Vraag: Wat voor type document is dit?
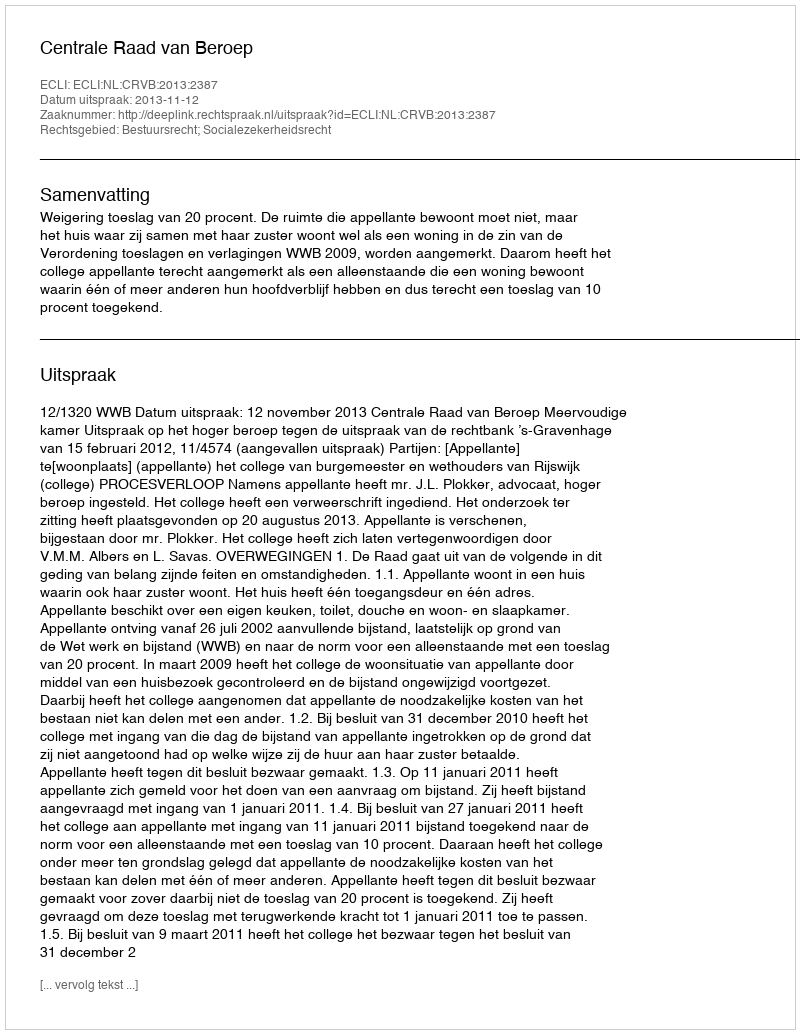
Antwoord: Uitspraak